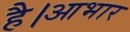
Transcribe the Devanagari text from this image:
है।आभार